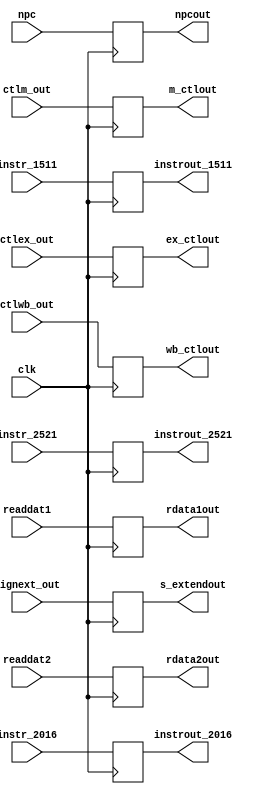
module ID_EX_3(
	input clk, 
	input [1:0]       ctlwb_out, 
	input [2:0]       ctlm_out, 
	input [3:0]       ctlex_out, 
	input [31:0]      npc, readdat1, readdat2, signext_out, 
	input [4:0]       instr_2016, instr_1511, 
	output reg [1:0]  wb_ctlout,
	output reg [2:0]  m_ctlout,
	output reg [3:0]  ex_ctlout,
	output reg [31:0] npcout, rdata1out, rdata2out, s_extendout,
	output reg [4:0]  instrout_2016, instrout_1511,
	input      [4:0]  instr_2521,
	output reg [4:0]  instrout_2521
	);
	initial
		begin
			wb_ctlout     <= 0;
			m_ctlout      <= 0;
			ex_ctlout     <= 0;
			npcout        <= 0;
			rdata1out     <= 0;
			rdata2out     <= 0;
			s_extendout   <= 0;
			instrout_2016 <= 0;
			instrout_1511 <= 0;
			instrout_2521 <= 0;
		end
	always @ (posedge clk)
		begin
			wb_ctlout     <= ctlwb_out;
			m_ctlout      <= ctlm_out;
			ex_ctlout     <= ctlex_out;
			npcout        <= npc;
			rdata1out     <= readdat1;
			rdata2out     <= readdat2;
			s_extendout   <= signext_out;
			instrout_2016 <= instr_2016;
			instrout_1511 <= instr_1511;
			instrout_2521 <= instr_2521;
		end
endmodule